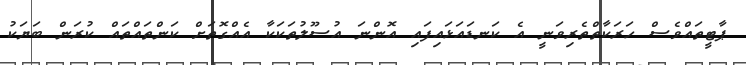
ޕާޓީތައްވެސް ހަރަކާތްތެރިވަނީ އެ ކަނޑައަޅައިފައި އޮންނަ އުސޫލުތަކަކާ އެއްގޮތަށް ކަންތައްތައް ކުރަން ބަޔަކު